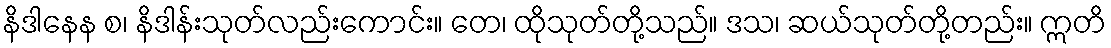
နိဒါနေန စ၊ နိဒါန်းသုတ်လည်းကောင်း။ တေ၊ ထိုသုတ်တို့သည်။ ဒသ၊ ဆယ်သုတ်တို့တည်း။ ဣတိ